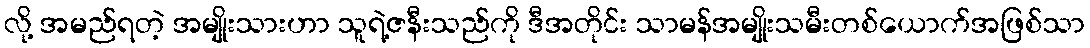
လို့ အမည်ရတဲ့ အမျိုးသားဟာ သူရဲ့ဇနီးသည်ကို ဒီအတိုင်း သာမန်အမျိုးသမီးတစ်ယောက်အဖြစ်သာ